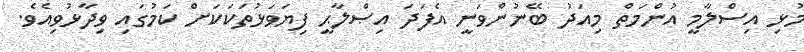
މުޅި އިސްލާމީ އުންމަތް މިއަދު ބޭނުންވަނީ އެފަދަ އިޞްލާޙީ ފިޔަވަޅުތަކަކަށް ކަމުގައި ވިދާޅުވިއެވެ.